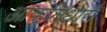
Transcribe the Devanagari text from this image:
आकृतिधारी